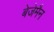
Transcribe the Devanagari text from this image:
बेजेमैन